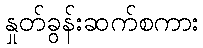
နှုတ်ခွန်းဆက်စကား